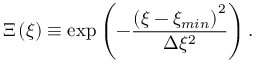
\Xi \left( \xi \right) \equiv \exp \left( - \frac { \left( \xi - \xi _ { m i n } \right) ^ { 2 } } { \Delta \xi ^ { 2 } } \right) .